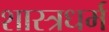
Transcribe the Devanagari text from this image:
शास्त्रधर्म